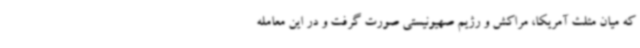
که میان مثلث آمریکا، مراکش و رژیم صهیونیستی صورت گرفت و در این معامله